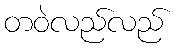
တဝဲလည်လည်